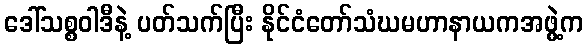
ဒေါ်သစ္စဝါဒီနဲ့ ပတ်သက်ပြီး နိုင်ငံတော်သံဃမဟာနာယကအဖွဲ့က